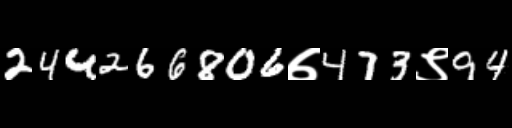
Text: 244266806७473९94